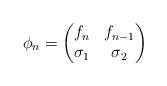
LaTeX: \begin{align*}\phi_n = \begin{pmatrix}f_n & f_{n-1} \\\sigma_1 & \sigma_2\end{pmatrix}\end{align*}